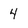
Character: 4